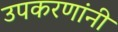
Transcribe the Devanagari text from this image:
उपकरणांनी